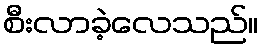
စီးလာခဲ့လေသည်။